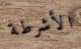
الأشرطة